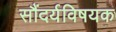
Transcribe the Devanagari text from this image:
सौंदर्यविषयक